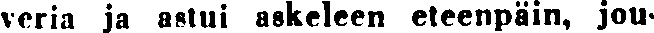
veria ja astui askeleen eteenpäin, jou-